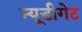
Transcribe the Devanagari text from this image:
न्यूडीगेट